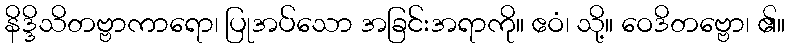
နိဒ္ဒိသိတဗ္ဗာကာရော၊ ပြုအပ်သော အခြင်းအရာကို။ ဧဝံ၊ သို့။ ဝေဒိတဗ္ဗော၊ ၏။